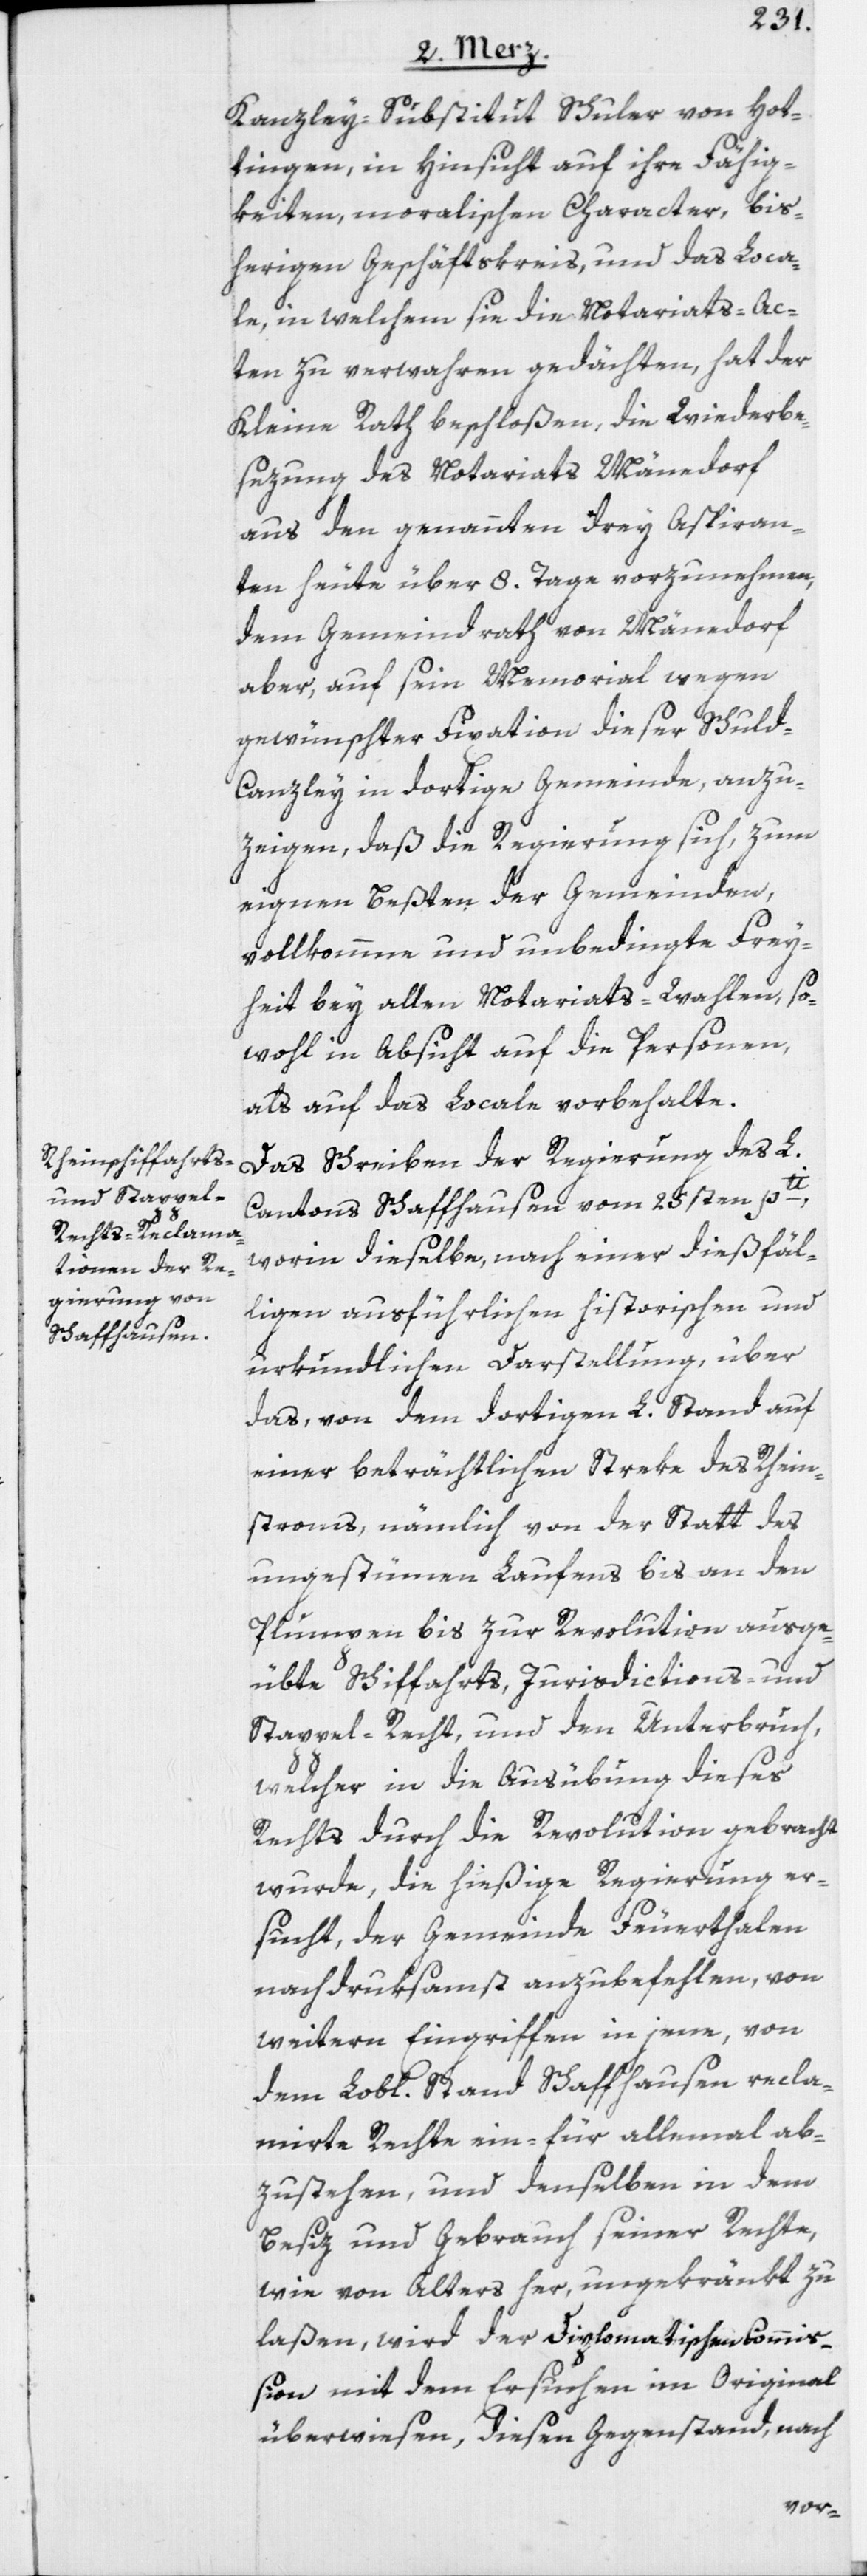
Kanzley-Substitut Schuler von Hot¬
tingen, in Hinsicht auf ihre Fähig¬
keiten, moralischen Character, bis¬
herigen Geschäftskreis, und das Loca¬
le, in welchem sie die Notariats-Ac¬
ten zu verwahren gedächten, hat der
Kleine Rath beschloßen, die Wiederbe¬
sezung des Notariats Mänedorf
aus den genannten drey Aspiran¬
ten heute über 8. Tage vorzunehmen,
dem Gemeindrath von Mänedorf
aber, auf sein Memorial wegen
gewünschter Fixation dieser Schul¬
d-Canzley in dortige Gemeinde, anzu¬
zeigen, daß die Regierung sich, zum
eignen Beßten der Gemeinden,
vollkommne und unbedingte Frey¬
heit bey allen Notariats-Wahlen, so¬
wohl in Absicht auf die Personen,
als auf das Locale vorbehalte.
Das Schreiben der Regierung des L.
Cantons Schaffhausen vom 25sten pti,
worin dieselbe, nach einer dießfäl¬
ligen ausführlichen historischen und
urkundlichen Darstellung, über
das, von dem dortigen L. Stand auf
einer beträchtlichen Streke des Rhein¬
stroms, nämlich von der Statt des
ungestümen Laufens bis an den
Plumpen bis zur Revolution ausge¬
übte Schiffahrts-Jurisdictions- und
Stappel-Recht, und den Unterbruch,
welcher in die Ausübung dieses
Rechts durch die Revolution gebracht
wurde, die hießige Regierung er¬
sucht, der Gemeinde Feuerthalen
nachdruksamst anzubefehlen, von
weitern Eingriffen in jene, von
dem Lobl. Stand Schaffhausen recla¬
mirte Rechte ein- für allemal ab¬
zustehen, und denselben in dem
Besiz und Gebrauch seiner Rechte,
wie von Alters her, ungekränkt zu
laßen, wird der Diplomatischen Commi¬
ßion mit dem Ersuchen im Original
überwiesen, diesen Gegenstand, nach